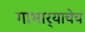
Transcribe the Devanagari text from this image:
गाभार्‍याचेच